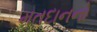
મતદાનનો